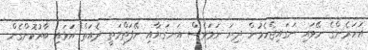
އަހަރެންގެ ނޭވައި ނަގައިޖެހެމުން ދިޔަ ނަމަވެސް އަނގަޔާއި ނޭފަތްމަތީ ދެއަތް އަޅައި ބާރުކޮށްގެން